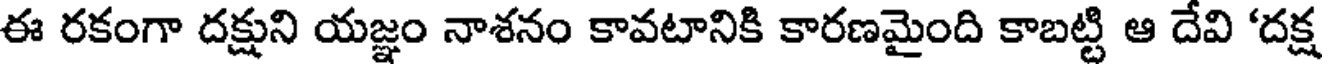
ఈ రకంగా దక్షుని యజ్ఞం నాశనం కావటానికి కారణమైంది కాబట్టి ఆ దేవి 'దక్ష